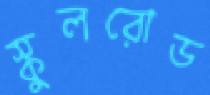
স্কুলরোড